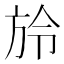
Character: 𣃠